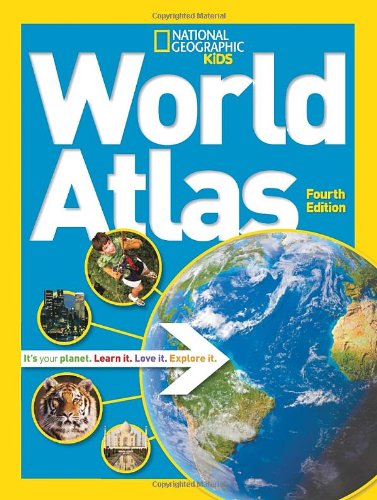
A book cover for National Geographic Kids World Atlas; National Geographic; Children's Books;